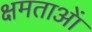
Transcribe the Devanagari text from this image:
क्षमताआें